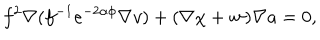
LaTeX: f ^ { 2 } \nabla ( f ^ { - 1 } e ^ { - 2 \alpha \phi } \nabla v ) + ( \nabla \chi + { \bf w } ) \nabla a = 0 ,